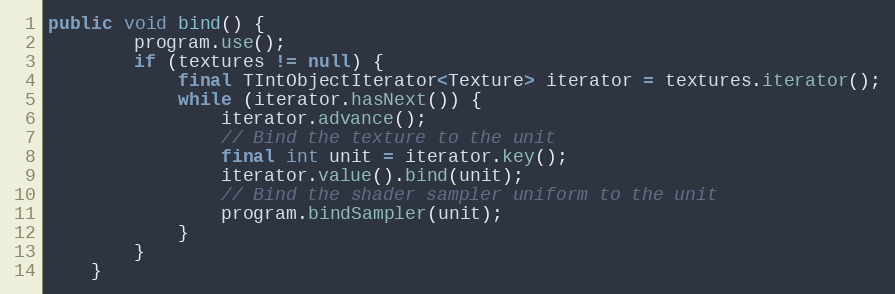
Language: Java
public void bind() {
        program.use();
        if (textures != null) {
            final TIntObjectIterator<Texture> iterator = textures.iterator();
            while (iterator.hasNext()) {
                iterator.advance();
                // Bind the texture to the unit
                final int unit = iterator.key();
                iterator.value().bind(unit);
                // Bind the shader sampler uniform to the unit
                program.bindSampler(unit);
            }
        }
    }